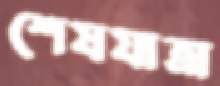
শেষযাত্রা